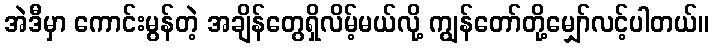
အဲဒီမှာ ကောင်းမွန်တဲ့ အချိန်တွေရှိလိမ့်မယ်လို့ ကျွန်တော်တို့မျှော်လင့်ပါတယ်။